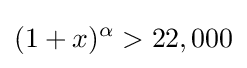
(1+x)^{\alpha }>22,000